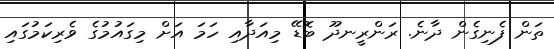
ތަން ފެނިގެން ދާނެ. ރަންރީނދޫ ބޮޑޭ މިއަދާއި ހަމަ އަށް މިގައުމުގެ ވެރިކަމުގައި